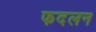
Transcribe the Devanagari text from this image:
फदलन